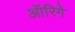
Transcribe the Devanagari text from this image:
ऑरिगे